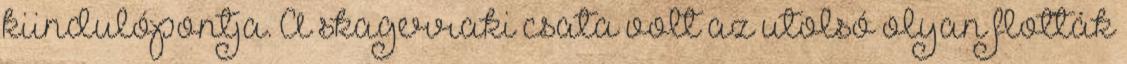
kiindulópontja. A skagerraki csata volt az utolsó olyan flották